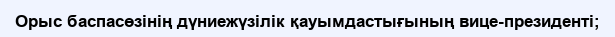
Орыс баспасөзінің дүниежүзілік қауымдастығының вице-президенті;